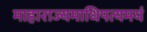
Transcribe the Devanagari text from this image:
माहाराज्यमाधिपत्यमयं